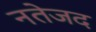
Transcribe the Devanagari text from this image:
नतेजद